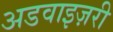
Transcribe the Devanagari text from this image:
अडवाइज़री